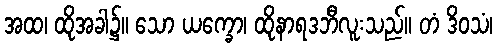
အထ၊ ထိုအခါ၌။ သော ယက္ခော၊ ထိုနာရဒဘီလူးသည်။ တံ ဒိဝသံ၊